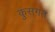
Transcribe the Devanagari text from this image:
कुसंगत